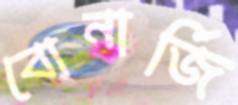
বোনার্জি